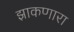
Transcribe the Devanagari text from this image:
झाकणारा